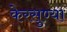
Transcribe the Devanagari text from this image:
केरसुण्या